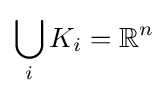
\bigcup _{i}K_{i}=\mathbb {R} ^{n}